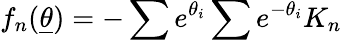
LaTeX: f_{n}(\underline{{{\theta}}})=-\sum e^{\theta_{i}}\sum e^{-\theta_{i}}K_{n}